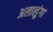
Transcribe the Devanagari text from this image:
अलालुंगा